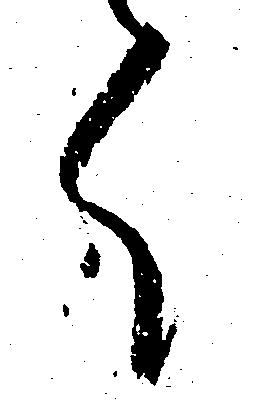
く